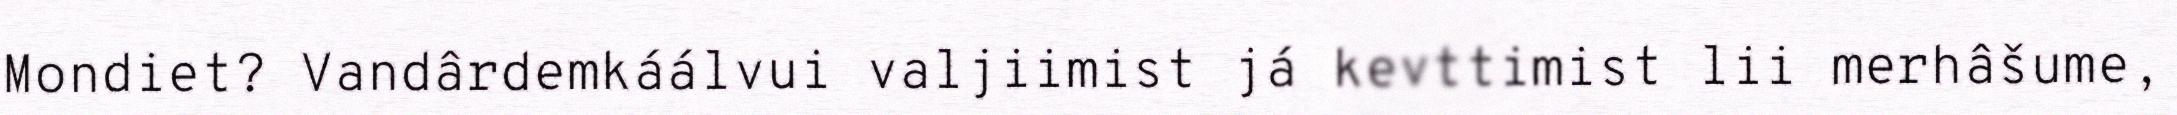
Mondiet? Vandârdemkáálvui valjiimist já kevttimist lii merhâšume,